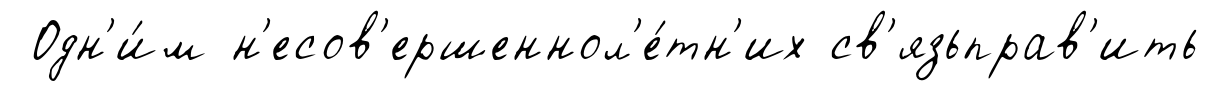
Одн'и́м н'есов'ершеннол'е́тн'их св'язьправ'ить